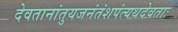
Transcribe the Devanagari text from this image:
देवतानांतुयजनंतंशपंत्यथदेवताः